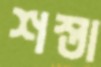
শস্তা